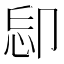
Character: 𠨝